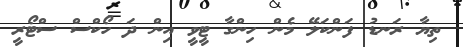
ތިޔާ ރަނޑު ފަންކަލޭ މެން ހިންގާ ޓީވީ އިން ދަ ހޯކްސް ސްޓޯރީ